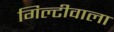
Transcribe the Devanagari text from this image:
गिल्टीवाला